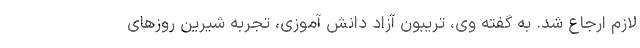
لازم ارجاع شد. به گفته وی، تریبون آزاد دانش آموزی، تجربه شیرین روزهای